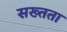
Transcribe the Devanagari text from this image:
सख्तता